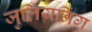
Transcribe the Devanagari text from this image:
जुलियनिंग